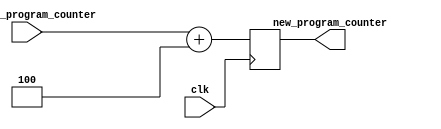
module program_counter(
    input wire clk,
    input wire [31: 0] current_program_counter,

    output reg [31: 0] new_program_counter
);

wire [31: 0] normally_next_program_counter;
assign normally_next_program_counter = current_program_counter + 4;

always @(posedge clk) begin
    new_program_counter <= normally_next_program_counter;
end

endmodule